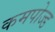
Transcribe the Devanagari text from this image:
कमपोज्ड